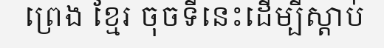
ព្រេង ខ្មែរ ចុចទីនេះដើម្បីស្តាប់